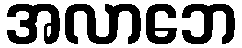
အလာဘေ